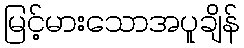
မြင့်မားသောအပူချိန်